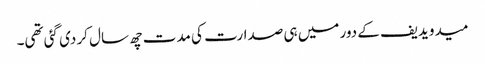
میدویدیف کے دور میں ہی صدارت کی مدت چھ سال کر دی گئی تھی۔